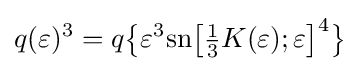
q(\varepsilon )^{3}=q{\bigl \{}\varepsilon ^{3}{\text{sn}}{\bigl [}{\tfrac {1}{3}}K(\varepsilon );\varepsilon {\bigr ]}^{4}{\bigr \}}